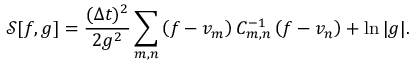
\mathcal { S } [ f , g ] = \frac { ( \Delta t ) ^ { 2 } } { 2 g ^ { 2 } } \sum _ { m , n } \left( f - v _ { m } \right) C _ { m , n } ^ { - 1 } \left( f - v _ { n } \right) + \ln | g | .